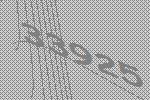
33925